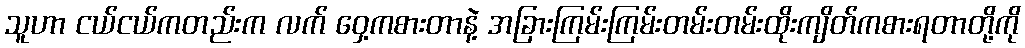
သူဟာ ငယ်ငယ်ကတည်းက လက် ဝှေ့ကစားတာနဲ့ အခြားကြမ်းကြမ်းတမ်းတမ်းထိုးကျိတ်ကစားရတာတို့ကို